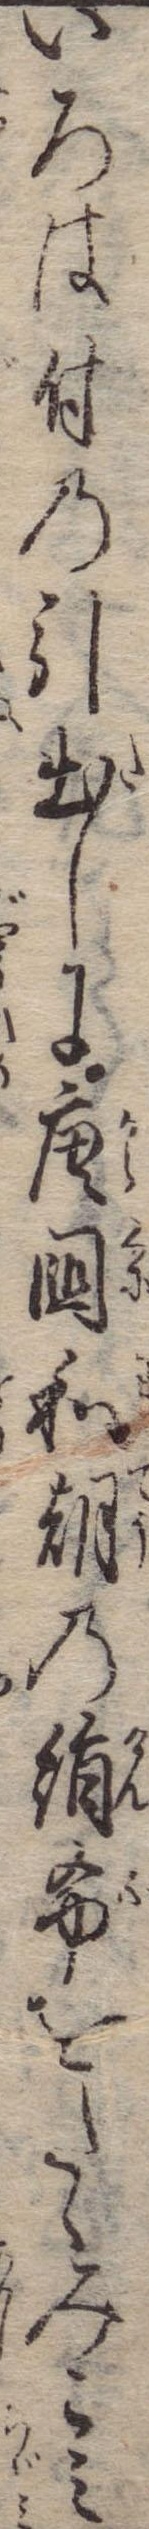
いろは付の引出しに唐国和朝の絹布をたゝみこみ